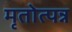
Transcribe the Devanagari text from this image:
मृतोत्पन्न